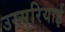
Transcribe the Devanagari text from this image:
उस्सुरियाई